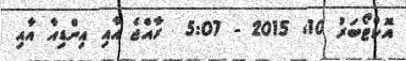
އޮކްޓޯބަރު 10